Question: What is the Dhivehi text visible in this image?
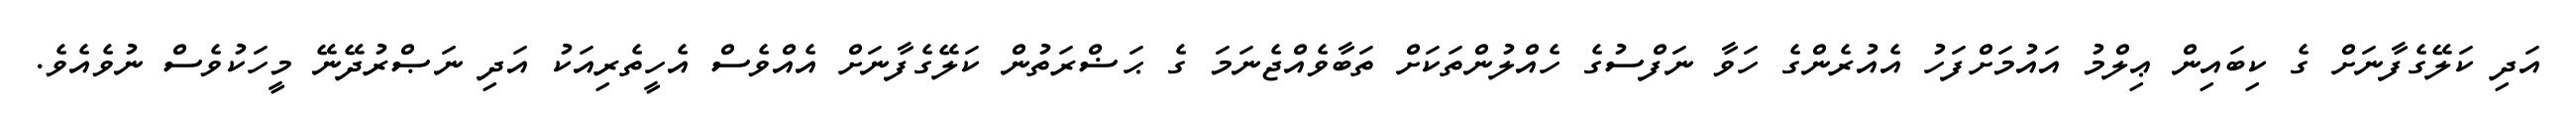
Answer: އަދި ކަލޭގެފާނަށް ގެ ކިބައިން ޢިލްމު އައުމަށްފަހު އެއުރެންގެ ހަވާ ނަފްސުގެ ހެއްލުންތަކަށް ތަބާވެއްޖެނަމަ ގެ ޙަޟްރަތުން ކަލޭގެފާނަށް އެއްވެސް އެހީތެރިއަކު އަދި ނަޞްރުދޭނޭ މީހަކުވެސް ނުވެއެވެ.